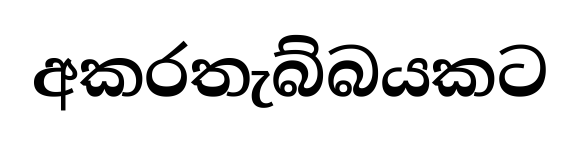
අකරතැබ්බයකට